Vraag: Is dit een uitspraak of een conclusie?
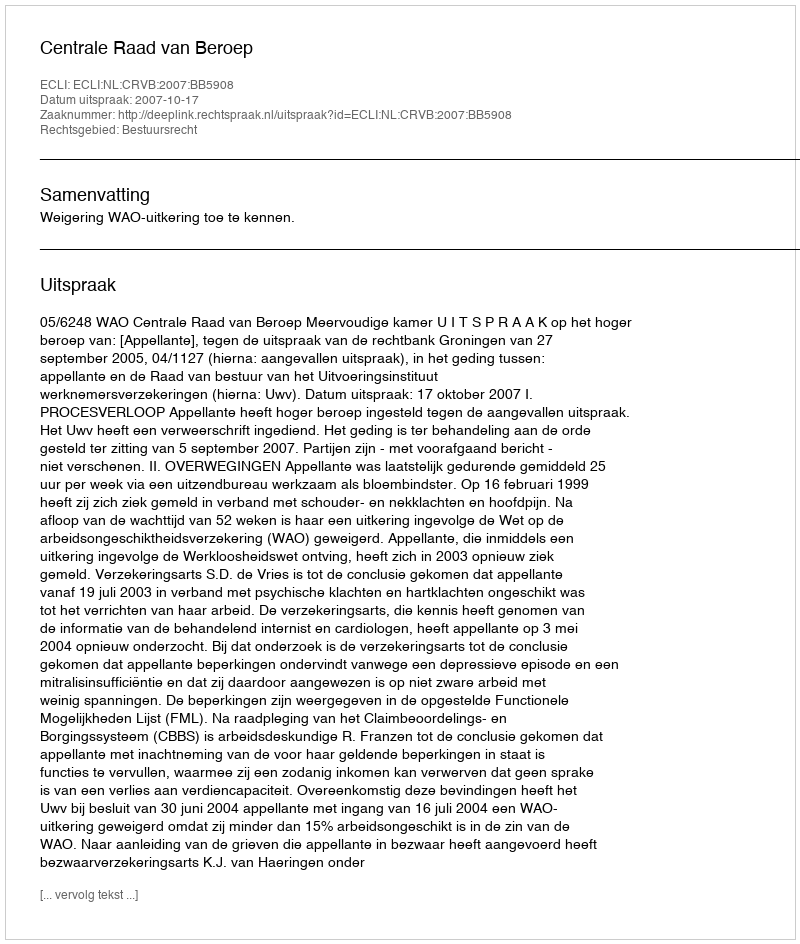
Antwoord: Uitspraak